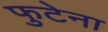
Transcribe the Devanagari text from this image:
फुटेना